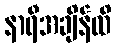
နာရီအချိန်ထိ